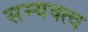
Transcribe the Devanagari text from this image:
सम्यक्त्व